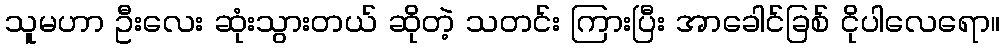
သူမဟာ ဦးလေး ဆုံးသွားတယ် ဆိုတဲ့ သတင်း ကြားပြီး အာခေါင်ခြစ် ငိုပါလေရော။